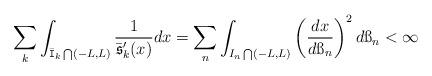
LaTeX: \begin{align*} \sum_{k} \int_{\bar{\mathtt{I}}_k\bigcap (-L, L)} \frac{1}{\bar{\mathfrak{s}}'_k(x)}dx = \sum_{n} \int_{I_n \bigcap (-L, L)} \left(\frac{dx}{d\ss_n} \right)^2d\ss_n<\infty \end{align*}